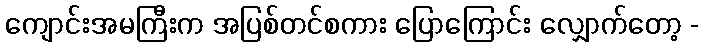
ကျောင်းအမကြီးက အပြစ်တင်စကား ပြောကြောင်း လျှောက်တော့ -